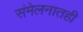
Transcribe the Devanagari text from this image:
संमेलनातही